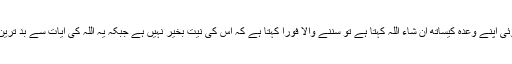
ایسے بد نیت لوگوں نے اس کلمہ استثناء کواس قدر بدنام کر دیا ہے کہ جب کوئی اپنے وعدہ کیساتھ ان شاء اللہ کہتا ہے تو سننے والا فوراً کہتا ہے کہ اس کی نیت بخیر نہیں ہے جبکہ یہ اللہ کی آیات سے بد ترین قسم کا مذاق ہے جس کا کوئی صاحب ایمان شخص تصور بھی نہیں کر سکتا۔